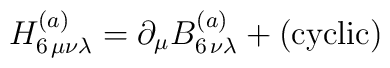
H^{(a)}_{6\,\mu\nu\lambda} = \partial_\mu B^{(a)}_{6\,\nu\lambda} + ({\rm cyclic})